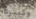
وكبيرة